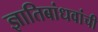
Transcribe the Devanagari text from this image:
ज्ञातिबांधवांची